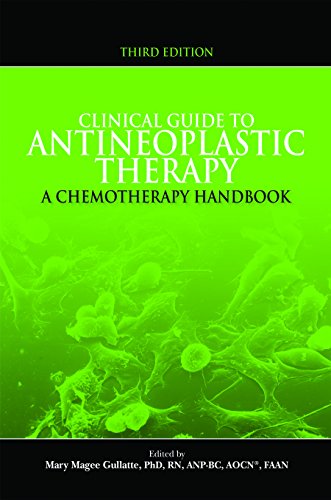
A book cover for Clinical Guide to Antineoplastic Therapy: A Chemotherapy Handbook (Third Edition); Mary Gullatte; Medical Books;